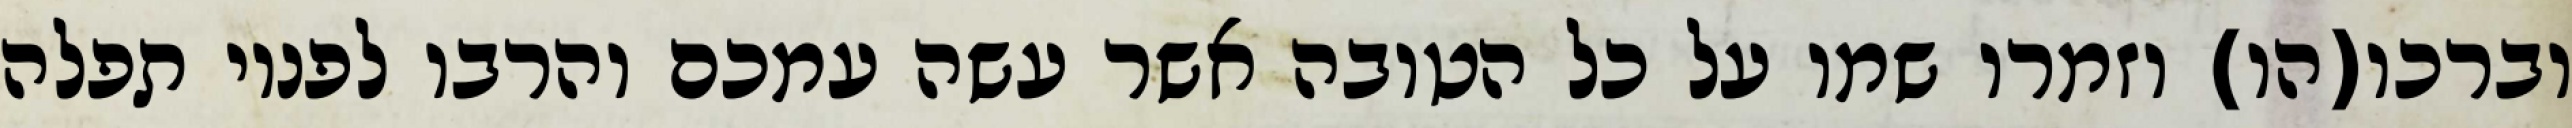
וברכו(הו) וזמרו שמו על כל הטובה אשר עשה עמכם והרבו לפניו תפלה